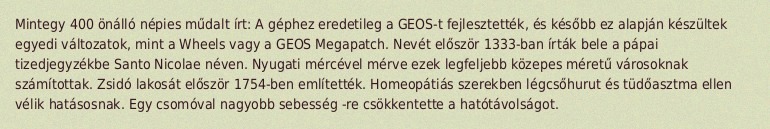
Mintegy 400 önálló népies műdalt írt: A géphez eredetileg a GEOS-t fejlesztették, és később ez alapján készültek egyedi változatok, mint a Wheels vagy a GEOS Megapatch. Nevét először 1333-ban írták bele a pápai tizedjegyzékbe Santo Nicolae néven. Nyugati mércével mérve ezek legfeljebb közepes méretű városoknak számítottak. Zsidó lakosát először 1754-ben említették. Homeopátiás szerekben légcsőhurut és tüdőasztma ellen vélik hatásosnak. Egy csomóval nagyobb sebesség -re csökkentette a hatótávolságot.